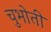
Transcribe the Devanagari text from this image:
चुभोती